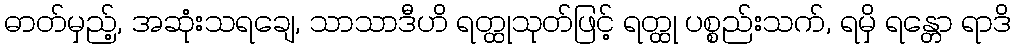
ဓာတ်မှည့်, အဆုံးသရချေ, သာသာဒီဟိ ရတ္ထုသုတ်ဖြင့် ရတ္ထု ပစ္စည်းသက်, ရမှိ ရန္တော ရာဒိ